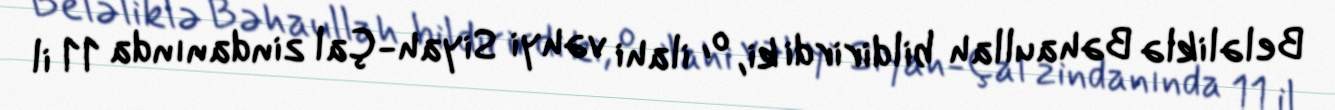
Beləliklə Bəhaullah bildirirdi ki, o, ilahi vəhyi Siyah-Çal zindanında 11 il